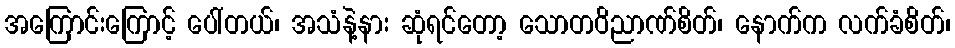
အကြောင်းကြောင့် ပေါ်တယ်၊ အသံနဲ့နား ဆုံရင်တော့ သောတဝိညာဏ်စိတ်၊ နောက်က လက်ခံစိတ်၊